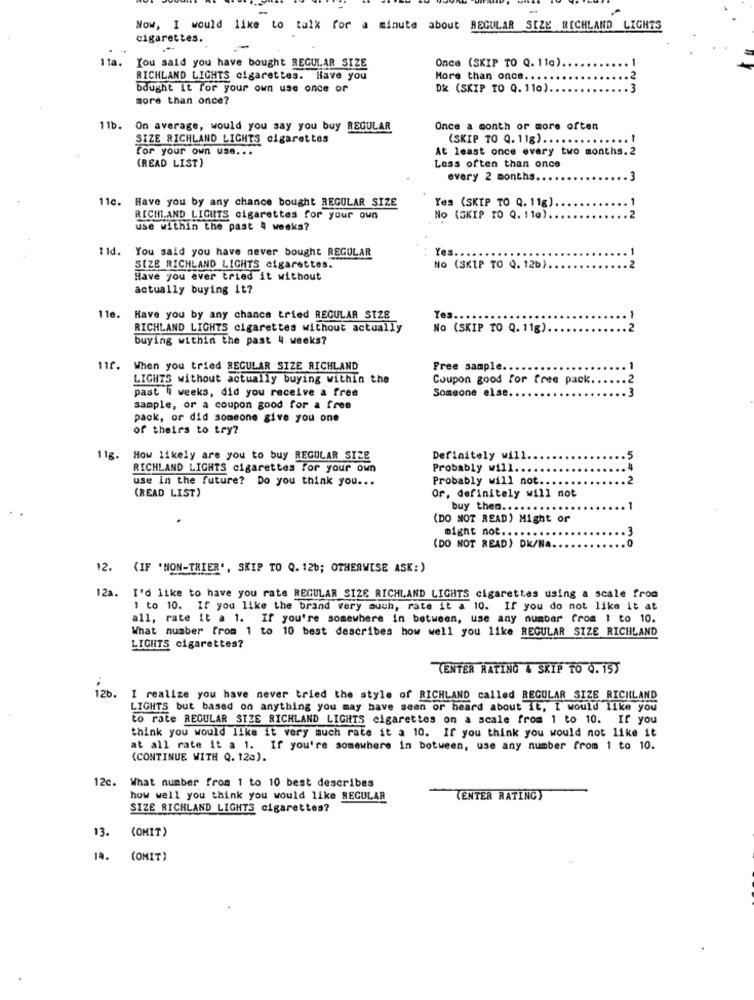
Now, I would like to talk for a minute about REGULAR SIZE RICHLAND LIGHTS
cigarettes.
-
1ta.
You said you have bought REGULAR SIZE
Once (SKIP TO Q. 116) ..
RICHLAND LIGHTS cigarettes. Have you
More than once ...
bought it for your own use once of
DK (SKIP TO Q. 110)
more than once?
11b.
On average, would you say you buy REGULAR
Once a month or more often
SIZE RICHLAND LIGHTS cigarettes
(SKIP TO Q. 11g) ..
1
For your own use ...
At least once every two months. 2
.
(READ LIST)
Less often than once
every 2 months.
.3
11c.
Have you by any chance bought REGULAR SIZE
Yes (SKIP TO Q. 11g)
RICHLAND LIGHTS cigarettes for your own
No (SKIP TO Q. ! 10).
..
use within the past 4 weeks?
1 1d.
You said you have never bought REGULAR
Yes.
SIZE RICHLAND LIGHTS cigarettes.
NO (SKIP TO Q. 12b)
Have you ever tried it without
actually buying it?
11e.
Have you by any chance tried REGULAR SIZE
Yes.
RICHLAND LIGHTS cigarettes without actually
No (SKIP TO Q. 11g)
2
buying within the past 4 weeks?
110
When you tried REGULAR SIZE RICHLAND
Free sample.
LIGHTS without actually buying within the
Coupon good for free pack.
past 4 weeks, did you receive a free
-23
Someone else ..
sample, or a coupon good for a free
pack, or did someone give you one
of theirs to try?
11g.
How likely are you to buy REGULAR SIZE
Definitely will
RICHLAND LIGHTS cigarettes for your own
Probably will.
use in the future? Do you think you ...
Probably will not.
2
(READ LIST)
Or, definitely will not
buy them ... . .
(DO NOT READ) Might or
might not ....
(DO NOT READ) DK/Na.
12. (IF 'MON-TRIER', SKIP TO Q. 12b; OTHERWISE ASK:)
12a. I'd like to have you rate REGULAR SIZE RICHLAND LIGHTS cigarettes using a scale from
1 to 10. If you like the brand very much, rate it a 10. If you do not like it at
all, rate it a 1. If you're somewhere in between, use any number from 1 to 10.
What number from 1 to 10 best describes how well you like REGULAR SIZE RICHLAND
LIGHTS cigarettes?
CENTER RATING & SKIP TO Q. 15)
12b.
I realize you have never tried the style of RICHLAND called REGULAR SIZE RICHLAND
LIGHTS but based on anything you may have seen or heard about it, I would like you
to rate REGULAR SIZE RICHLAND LIGHTS cigarettes on a scale from 1 to 10. If you
think you would like it very much rate it a 10. If you think you would not like it
at all rate it a 1. If you're somewhere in botween, use any number from 1 to 10.
(CONTINUE WITH Q. 123).
12c.
What number from 1 to 10 best describes
how well you think you would like REGULAR
(ENTER RATING)
SIZE RICHLAND LIGHTS cigarettes?
13.
(OMIT)
14. (OMIT)